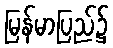
မြန်မာပြည်၌